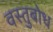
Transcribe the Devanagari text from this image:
वस्तुबोध